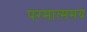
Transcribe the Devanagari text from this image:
परमात्ममय